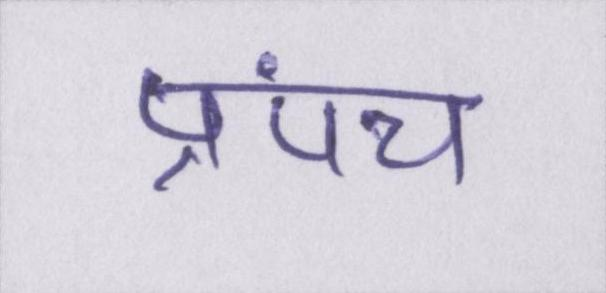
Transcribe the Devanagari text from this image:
प्रपंच